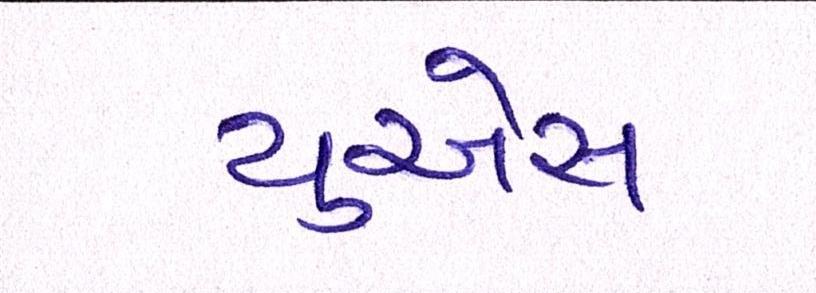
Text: યુએસ